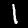
Digit: 1